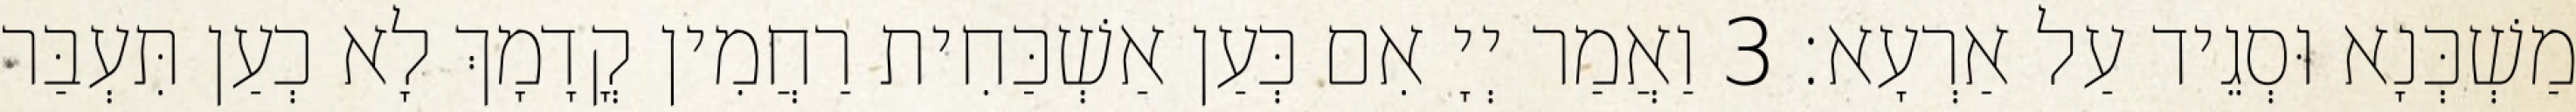
מַשְׁכְּנָא וּסְגֵיד עַל אַרְעָא׃ 3 וַאֲמַר יְיָ אִם כְּעַן אַשְׁכַּחִית רַחֲמִין קֳדָמָךְ לָא כְעַן תִּעְבַּר